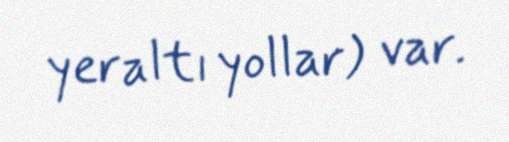
yeraltı yollar) var.